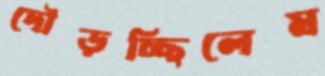
দৌড়চ্ছিলেম